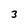
Character: 3